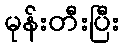
မုန်းတီးပြီး